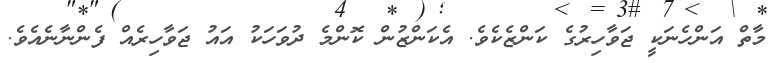
މާތް އަންހެނަކީ ޖަވާހިރުގެ ކަންޒެކެވެ. އެކަންޒުން ކޮންމެ ދުވަހަކު އައު ޖަވާހިރެއް ފެންނާނެއެވެ.